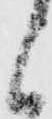
候